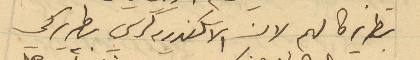
بطريركا لهم لان السكندريه كرسي بطريركي